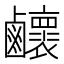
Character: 𪊉